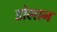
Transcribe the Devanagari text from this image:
डोलान